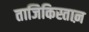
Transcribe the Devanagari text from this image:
ताजिकिस्ताऩ